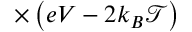
\times \left( e V - 2 k _ { B } \mathcal { T } \right)